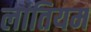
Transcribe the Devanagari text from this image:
लातियम